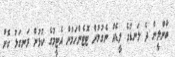
ބާންލީން ދެ ލަނޑުގެ ލީޑެއް ނެގުމުން ޓޮޓެންހަމުން އެޓީމުގެ ކުޅުން ރަނގަޅު ކޮށް